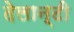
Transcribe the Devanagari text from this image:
देलान्टी